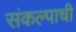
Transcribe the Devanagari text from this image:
संकल्पाची